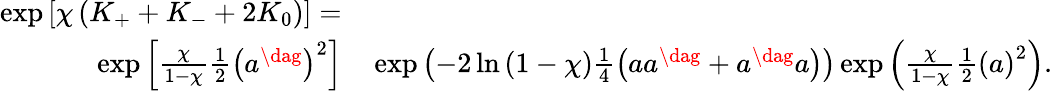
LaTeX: \begin{array}{rl}{\exp\left[\chi\left(K_{+}+K_{-}+2K_{0}\right)\right]=}&{{}}\\ {\exp\left[\frac{\chi}{1-\chi}\frac{1}{2}\left(a^{\dag}\right)^{2}\right]}&{{}\exp\left(-2\ln\left(1-\chi\right)\frac{1}{4}\left(aa^{\dag}+a^{\dag}a\right)\right)\exp\left(\frac{\chi}{1-\chi}\frac{1}{2}\left(a\right)^{2}\right).}\end{array}